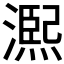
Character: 𤏁